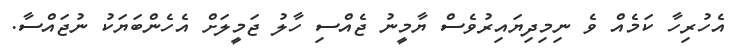
އެހުރިހާ ކަމެއް ވެ ނިމިދިޔައިރުވެސް ޔާމީނު ޖެއްސި ހާލު ޖަމީލަށް އެހެންބަޔަކު ނުޖައްސާ.